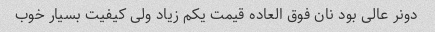
دونر عالی بود نان فوق العاده قیمت یکم زیاد ولی کیفیت بسیار خوب